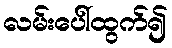
လမ်းပေါ်ထွက်၍